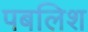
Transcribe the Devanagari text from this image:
पबलिश